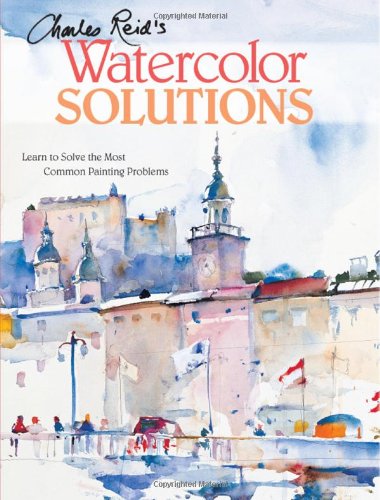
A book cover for Charles Reid's Watercolor Solutions: Learn To Solve The Most Common Painting Problems; Charles Reid; Arts & Photography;